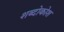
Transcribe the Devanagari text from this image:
शब्दोकोश